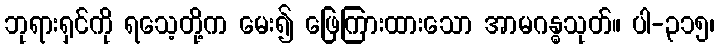
ဘုရားရှင်ကို ရသေ့တို့က မေး၍ ဖြေကြားထားသော အာမဂန္ဓသုတ်။ ပါ-၃၁၅၊